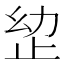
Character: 𭭠